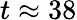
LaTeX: t\approx 38